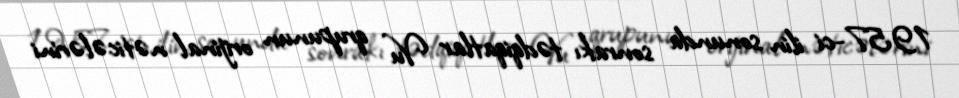
1957-ci ilin sonunda sonrakı tədqiqatlar Vu qrupunun orijinal nəticələrini